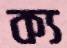
ক্য